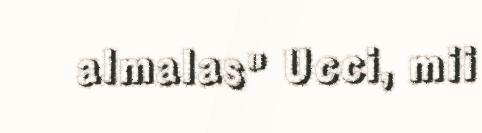
almalas" Ucci, mii